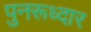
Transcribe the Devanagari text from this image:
पुनरूध्दार